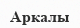
Аркалы